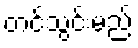
တင်သွင်းမည်